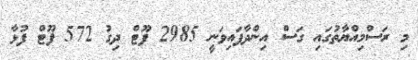
މި ރަސްމިއްޔާތުގައި ގަސް އިންދާފައިވަނީ 2985 ފޫޓް ދިގު 572 ފޫޓް ފުޅާ